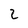
Character: 2